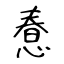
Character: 惷